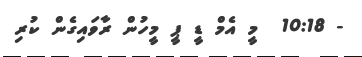
- 10:18  މީ އެމް ޑީ ޕީ މީހުން ރާވައިގެން ކުރި